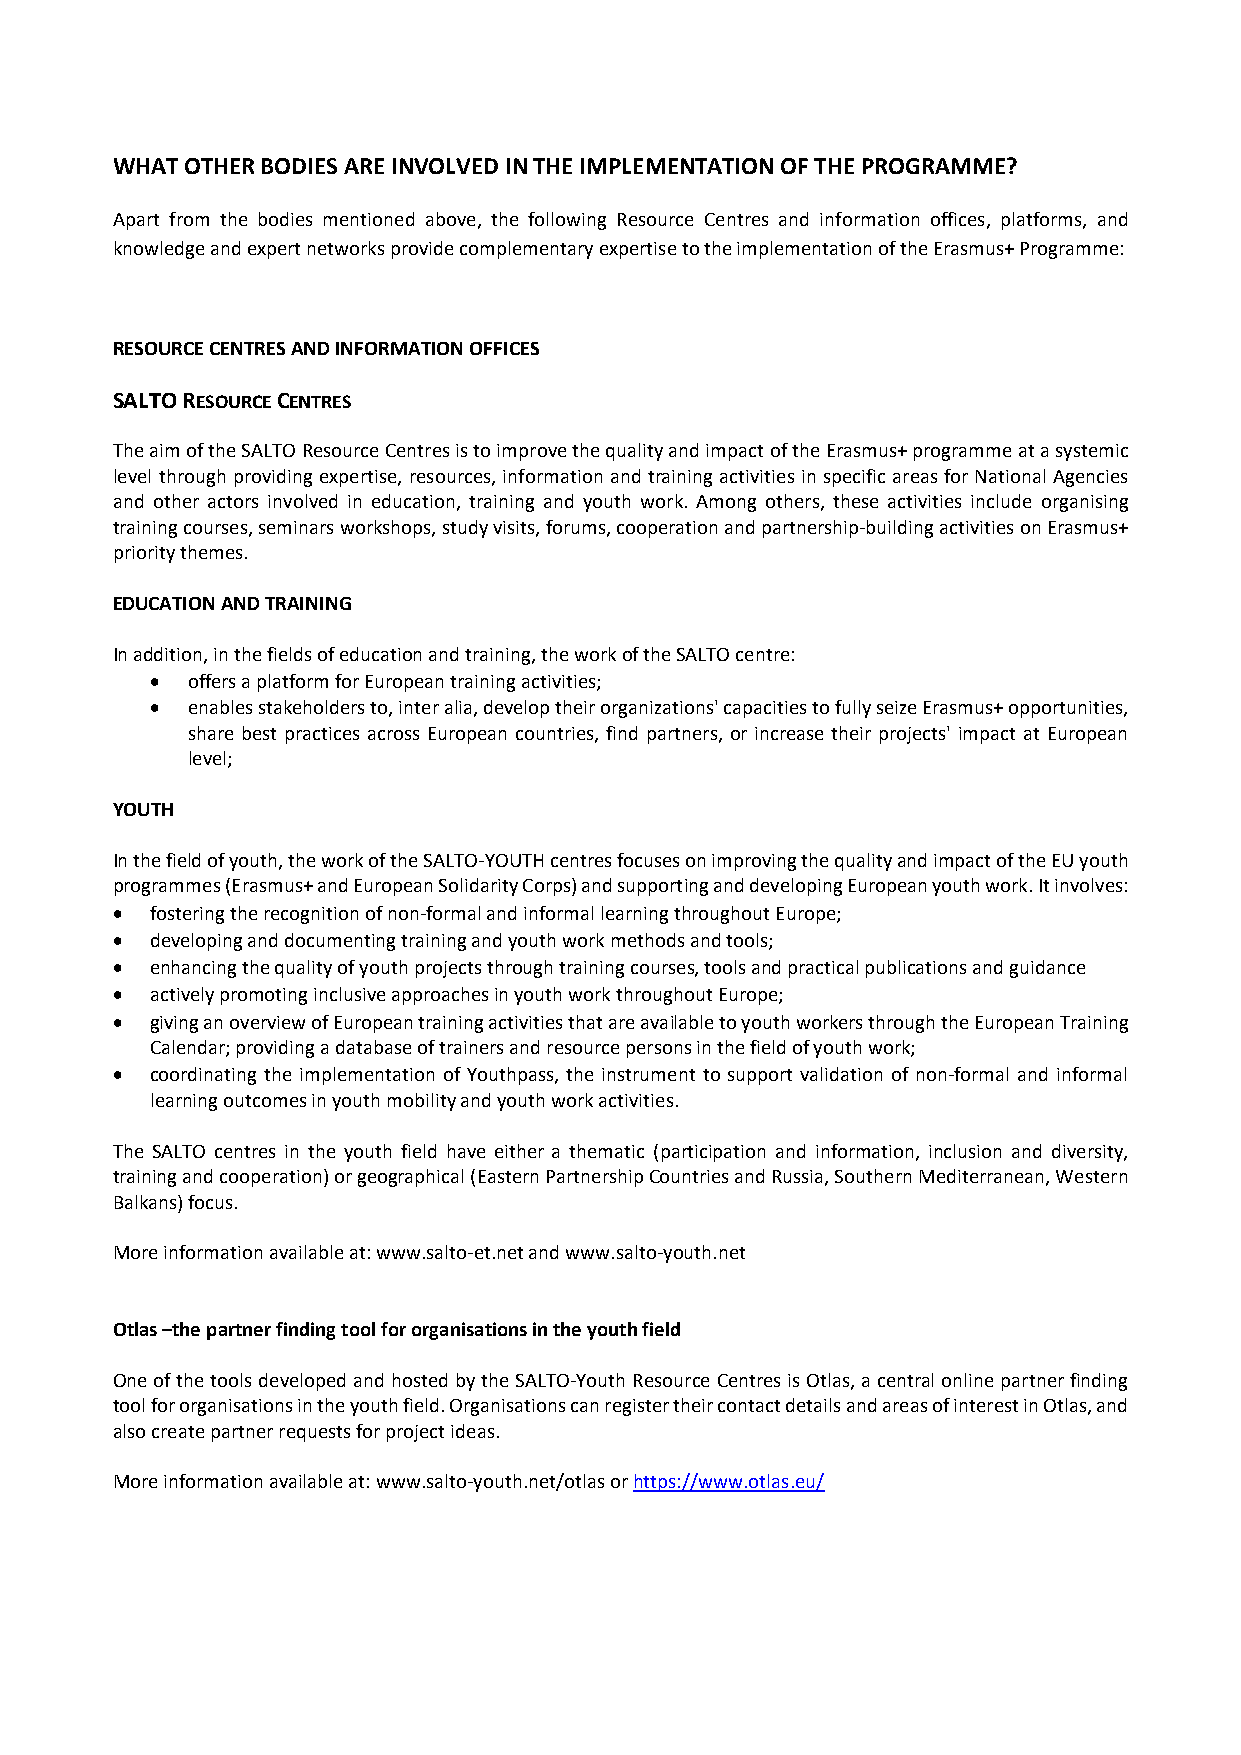
WHAT OTHER BODIES ARE INVOLVED IN THE IMPLEMENTATION OF THE PROGRAMME?
 Apart from the bodies mentioned above, the following Resource Centres and information offices, platforms, and
 knowledge and expert networks provide complementary expertise to the implementation of the Erasmus+ Programme:
 RESOURCE CENTRES AND INFORMATION OFFICES
 SALTO RESOURCE CENTRES
 The aim of the SALTO Resource Centres is to improve the quality and impact of the Erasmus+ programme at a systemic
 level through providing expertise, resources, information and training activities in specific areas for National Agencies
 and other actors involved in education, training and youth work. Among others, these activities include organising
 training courses, seminars workshops, study visits, forums, cooperation and partnership‐building activities on Erasmus+
 priority themes.
 EDUCATION AND TRAINING
 In addition, in the fields of education and training, the work of the SALTO centre:
  offers a platform for European training activities;
  enables stakeholders to, inter alia, develop their organizations' capacities to fully seize Erasmus+ opportunities,
 share best practices across European countries, find partners, or increase their projects' impact at European
 level;
 YOUTH
 In the field of youth, the work of the SALTO‐YOUTH centres focuses on improving the quality and impact of the EU youth
 programmes (Erasmus+ and European Solidarity Corps) and supporting and developing European youth work. It involves:
   fostering the recognition of non‐formal and informal learning throughout Europe;
   developing and documenting training and youth work methods and tools;
   enhancing the quality of youth projects through training courses, tools and practical publications and guidance
   actively promoting inclusive approaches in youth work throughout Europe;
   giving an overview of European training activities that are available to youth workers through the European Training
 Calendar; providing a database of trainers and resource persons in the field of youth work;
   coordinating the implementation of Youthpass, the instrument to support validation of non‐formal and informal
 learning outcomes in youth mobility and youth work activities.
 The SALTO centres in the youth field have either a thematic (participation and information, inclusion and diversity,
 training and cooperation) or geographical (Eastern Partnership Countries and Russia, Southern Mediterranean, Western
 Balkans) focus.
 More information available at: www.salto‐et.net and www.salto‐youth.net
 Otlas –the partner finding tool for organisations in the youth field
 One of the tools developed and hosted by the SALTO‐Youth Resource Centres is Otlas, a central online partner finding
 tool for organisations in the youth field. Organisations can register their contact details and areas of interest in Otlas, and
 also create partner requests for project ideas.
 More information available at: www.salto‐youth.net/otlas or https://www.otlas.eu/